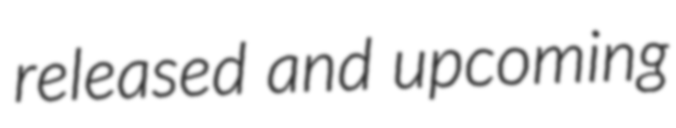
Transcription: released and upcoming